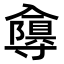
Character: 𭁂